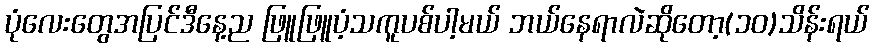
ပုံလေးတွေအပြင်ဒီနေ့ည ဖြူဖြူပံ့သကူပစ်ပါ့မယ် ဘယ်နေရာလဲဆိုတော့(၁၀)သိန်းရယ်